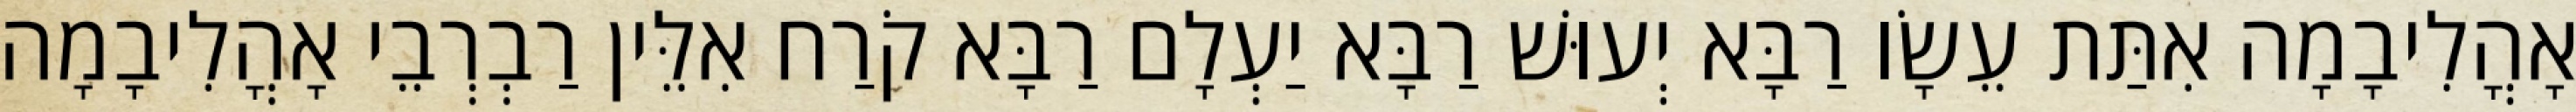
אָהֳלִיבָמָה אִתַּת עֵשָׂו רַבָּא יְעוּשׁ רַבָּא יַעְלָם רַבָּא קֹרַח אִלֵּין רַבְרְבֵי אָהֳלִיבָמָה